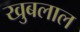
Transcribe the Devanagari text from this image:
खुबलाल